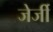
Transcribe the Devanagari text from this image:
जेर्जी